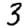
Digit: 3